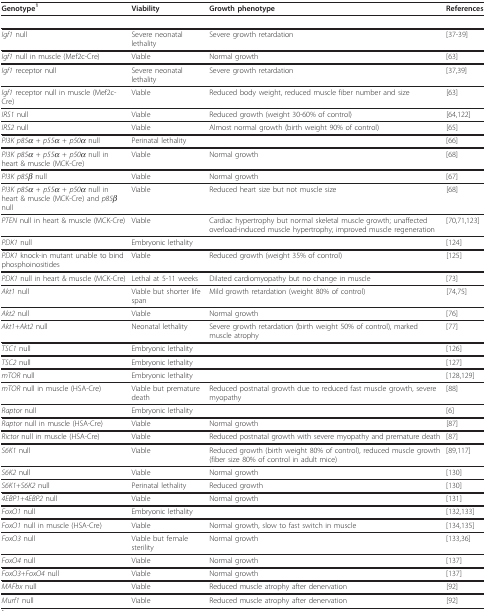
<table><thead><tr><td><b>Genotype<sup>1</sup></b></td><td><b>Viability</b></td><td><b>Growth phenotype</b></td><td><b>References</b></td></tr></thead><tbody><tr><td><i>Igf1 </i>null</td><td>Severe neonatal lethality</td><td>Severe growth retardation</td><td>[37-39]</td></tr><tr><td><i>Igf1 </i>null in muscle (Mef2c-Cre)</td><td>Viable</td><td>Normal growth</td><td>[63]</td></tr><tr><td><i>Igf1 </i>receptor null</td><td>Severe neonatal lethality</td><td>Severe growth retardation</td><td>[37,39]</td></tr><tr><td><i>Igf1 </i>receptor null in muscle (Mef2c-Cre)</td><td>Viable</td><td>Reduced body weight, reduced muscle fiber number and size</td><td>[63]</td></tr><tr><td><i>IRS1 </i>null</td><td>Viable</td><td>Reduced growth (weight 30-60% of control)</td><td>[64,122]</td></tr><tr><td><i>IRS2 </i>null</td><td>Viable</td><td>Almost normal growth (birth weight 90% of control)</td><td>[65]</td></tr><tr><td><i>PI3K p85α </i>+ <i>p55α </i>+ <i>p50α </i>null</td><td>Perinatal lethality</td><td></td><td>[66]</td></tr><tr><td><i>PI3K p85α </i>+ <i>p55α </i>+ <i>p50α </i>null in heart &amp; muscle (MCK-Cre)</td><td>Viable</td><td>Normal growth</td><td>[68]</td></tr><tr><td><i>PI3K p85β </i>null</td><td>Viable</td><td>Normal growth</td><td>[67]</td></tr><tr><td><i>PI3K p85α </i>+ <i>p55α </i>+ <i>p50α </i>null in heart &amp; muscle (MCK-Cre) and <i>p85β </i>null</td><td>Viable</td><td>Reduced heart size but not muscle size</td><td>[68]</td></tr><tr><td><i>PTEN </i>null in heart &amp; muscle (MCK-Cre)</td><td>Viable</td><td>Cardiac hypertrophy but normal skeletal muscle growth; unaffected overload-induced muscle hypertrophy; improved muscle regeneration</td><td>[70,71,123]</td></tr><tr><td><i>PDK1 </i>null</td><td>Embryonic lethality</td><td></td><td>[124]</td></tr><tr><td><i>PDK1 </i>knock-in mutant unable to bind phosphoinositides</td><td>Viable</td><td>Reduced growth (weight 35% of control)</td><td>[125]</td></tr><tr><td><i>PDK1 </i>null in heart &amp; muscle (MCK-Cre)</td><td>Lethal at 5-11 weeks</td><td>Dilated cardiomyopathy but no change in muscle</td><td>[73]</td></tr><tr><td><i>Akt1 </i>null</td><td>Viable but shorter life span</td><td>Mild growth retardation (weight 80% of control)</td><td>[74,75]</td></tr><tr><td><i>Akt2 </i>null</td><td>Viable</td><td>Normal growth</td><td>[76]</td></tr><tr><td><i>Akt1+Akt2 </i>null</td><td>Neonatal lethality</td><td>Severe growth retardation (birth weight 50% of control), marked muscle atrophy</td><td>[77]</td></tr><tr><td><i>TSC1 </i>null</td><td>Embryonic lethality</td><td></td><td>[126]</td></tr><tr><td><i>TSC2 </i>null</td><td>Embryonic lethality</td><td></td><td>[127]</td></tr><tr><td><i>mTOR </i>null</td><td>Embryonic lethality</td><td></td><td>[128,129]</td></tr><tr><td><i>mTOR </i>null in muscle (HSA-Cre)</td><td>Viable but premature death</td><td>Reduced postnatal growth due to reduced fast muscle growth, severe myopathy</td><td>[88]</td></tr><tr><td><i>Raptor </i>null</td><td>Embryonic lethality</td><td></td><td>[6]</td></tr><tr><td><i>Raptor </i>null in muscle (HSA-Cre)</td><td>Viable</td><td>Normal growth</td><td>[87]</td></tr><tr><td><i>Rictor </i>null in muscle (HSA-Cre)</td><td>Viable</td><td>Reduced postnatal growth with severe myopathy and premature death</td><td>[87]</td></tr><tr><td><i>S6K1 </i>null</td><td>Viable</td><td>Reduced growth (birth weight 80% of control), reduced muscle growth (fiber size 80% of control in adult mice)</td><td>[89,117]</td></tr><tr><td><i>S6K2 </i>null</td><td>Viable</td><td>Normal growth</td><td>[130]</td></tr><tr><td><i>S6K1+S6K2 </i>null</td><td>Perinatal lethality</td><td>Reduced growth</td><td>[130]</td></tr><tr><td><i>4EBP1+4EBP2 </i>null</td><td>Viable</td><td>Normal growth</td><td>[131]</td></tr><tr><td><i>FoxO1 </i>null</td><td>Embryonic lethality</td><td></td><td>[132,133]</td></tr><tr><td><i>FoxO1 </i>null in muscle (HSA-Cre)</td><td>Viable</td><td>Normal growth, slow to fast switch in muscle</td><td>[134,135]</td></tr><tr><td><i>FoxO3 </i>null</td><td>Viable but female sterility</td><td>Normal growth</td><td>[133,36]</td></tr><tr><td><i>FoxO4 </i>null</td><td>Viable</td><td>Normal growth</td><td>[137]</td></tr><tr><td><i>FoxO3+FoxO4 </i>null</td><td>Viable</td><td>Normal growth</td><td>[137]</td></tr><tr><td><i>MAFbx </i>null</td><td>Viable</td><td>Reduced muscle atrophy after denervation</td><td>[92]</td></tr><tr><td><i>Murf1 </i>null</td><td>Viable</td><td>Reduced muscle atrophy after denervation</td><td>[92]</td></tr></tbody></table>